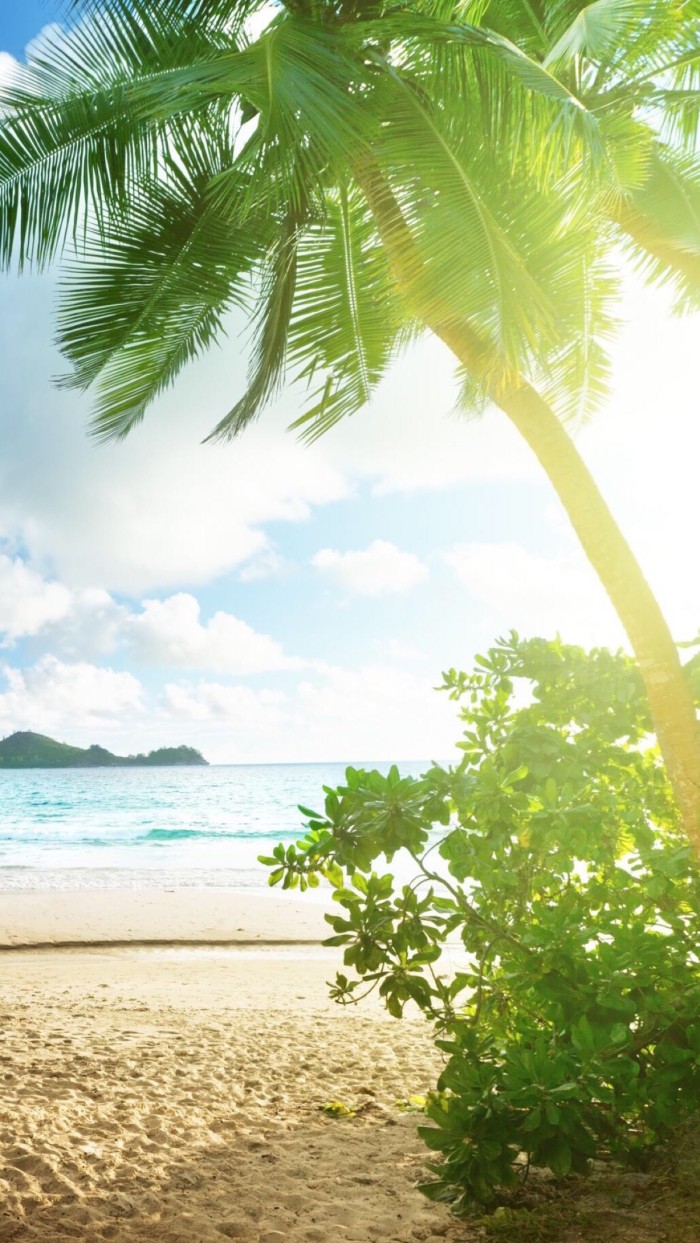
长水塘南三日雨，菜花香过秀州城。